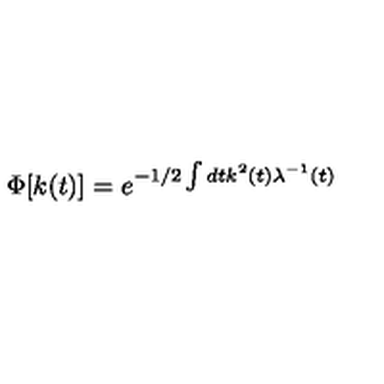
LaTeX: \Phi [ k ( t ) ] = e ^ { - 1 / 2 \int d t k ^ { 2 } ( t ) \lambda ^ { - 1 } ( t ) }